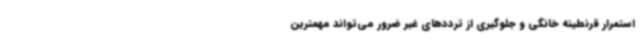
استمرار قرنطینه خانگی و جلوگیری از ترددهای غیر ضرور می‌تواند مهمترین